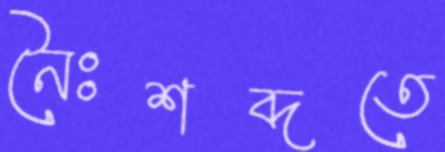
নৈঃশব্দতে